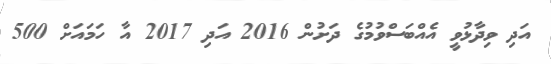
އަދި ވިދާޅުވީ އެއްބަސްވުމުގެ ދަށުން 2016 އަދި 2017 އާ ހަމައަށް 500